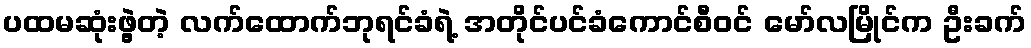
ပထမဆုံးဖွဲ့တဲ့ လက်ထောက်ဘုရင်ခံရဲ့ အတိုင်ပင်ခံကောင်စီဝင် မော်လမြိုင်က ဦးခက်